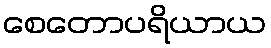
စေတောပရိယာယ